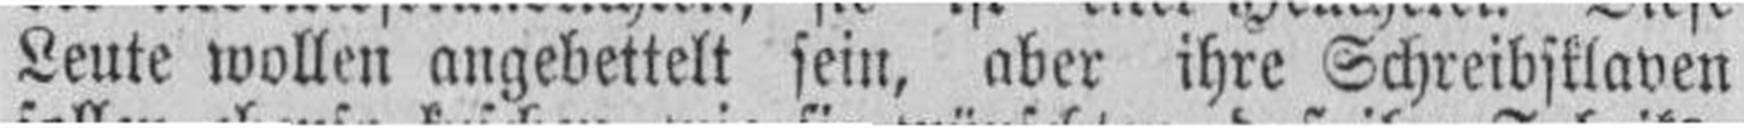
Leute wollen angebettelt sein, aber ihre Schreibsklaven